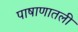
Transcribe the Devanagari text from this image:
पाषाणातली